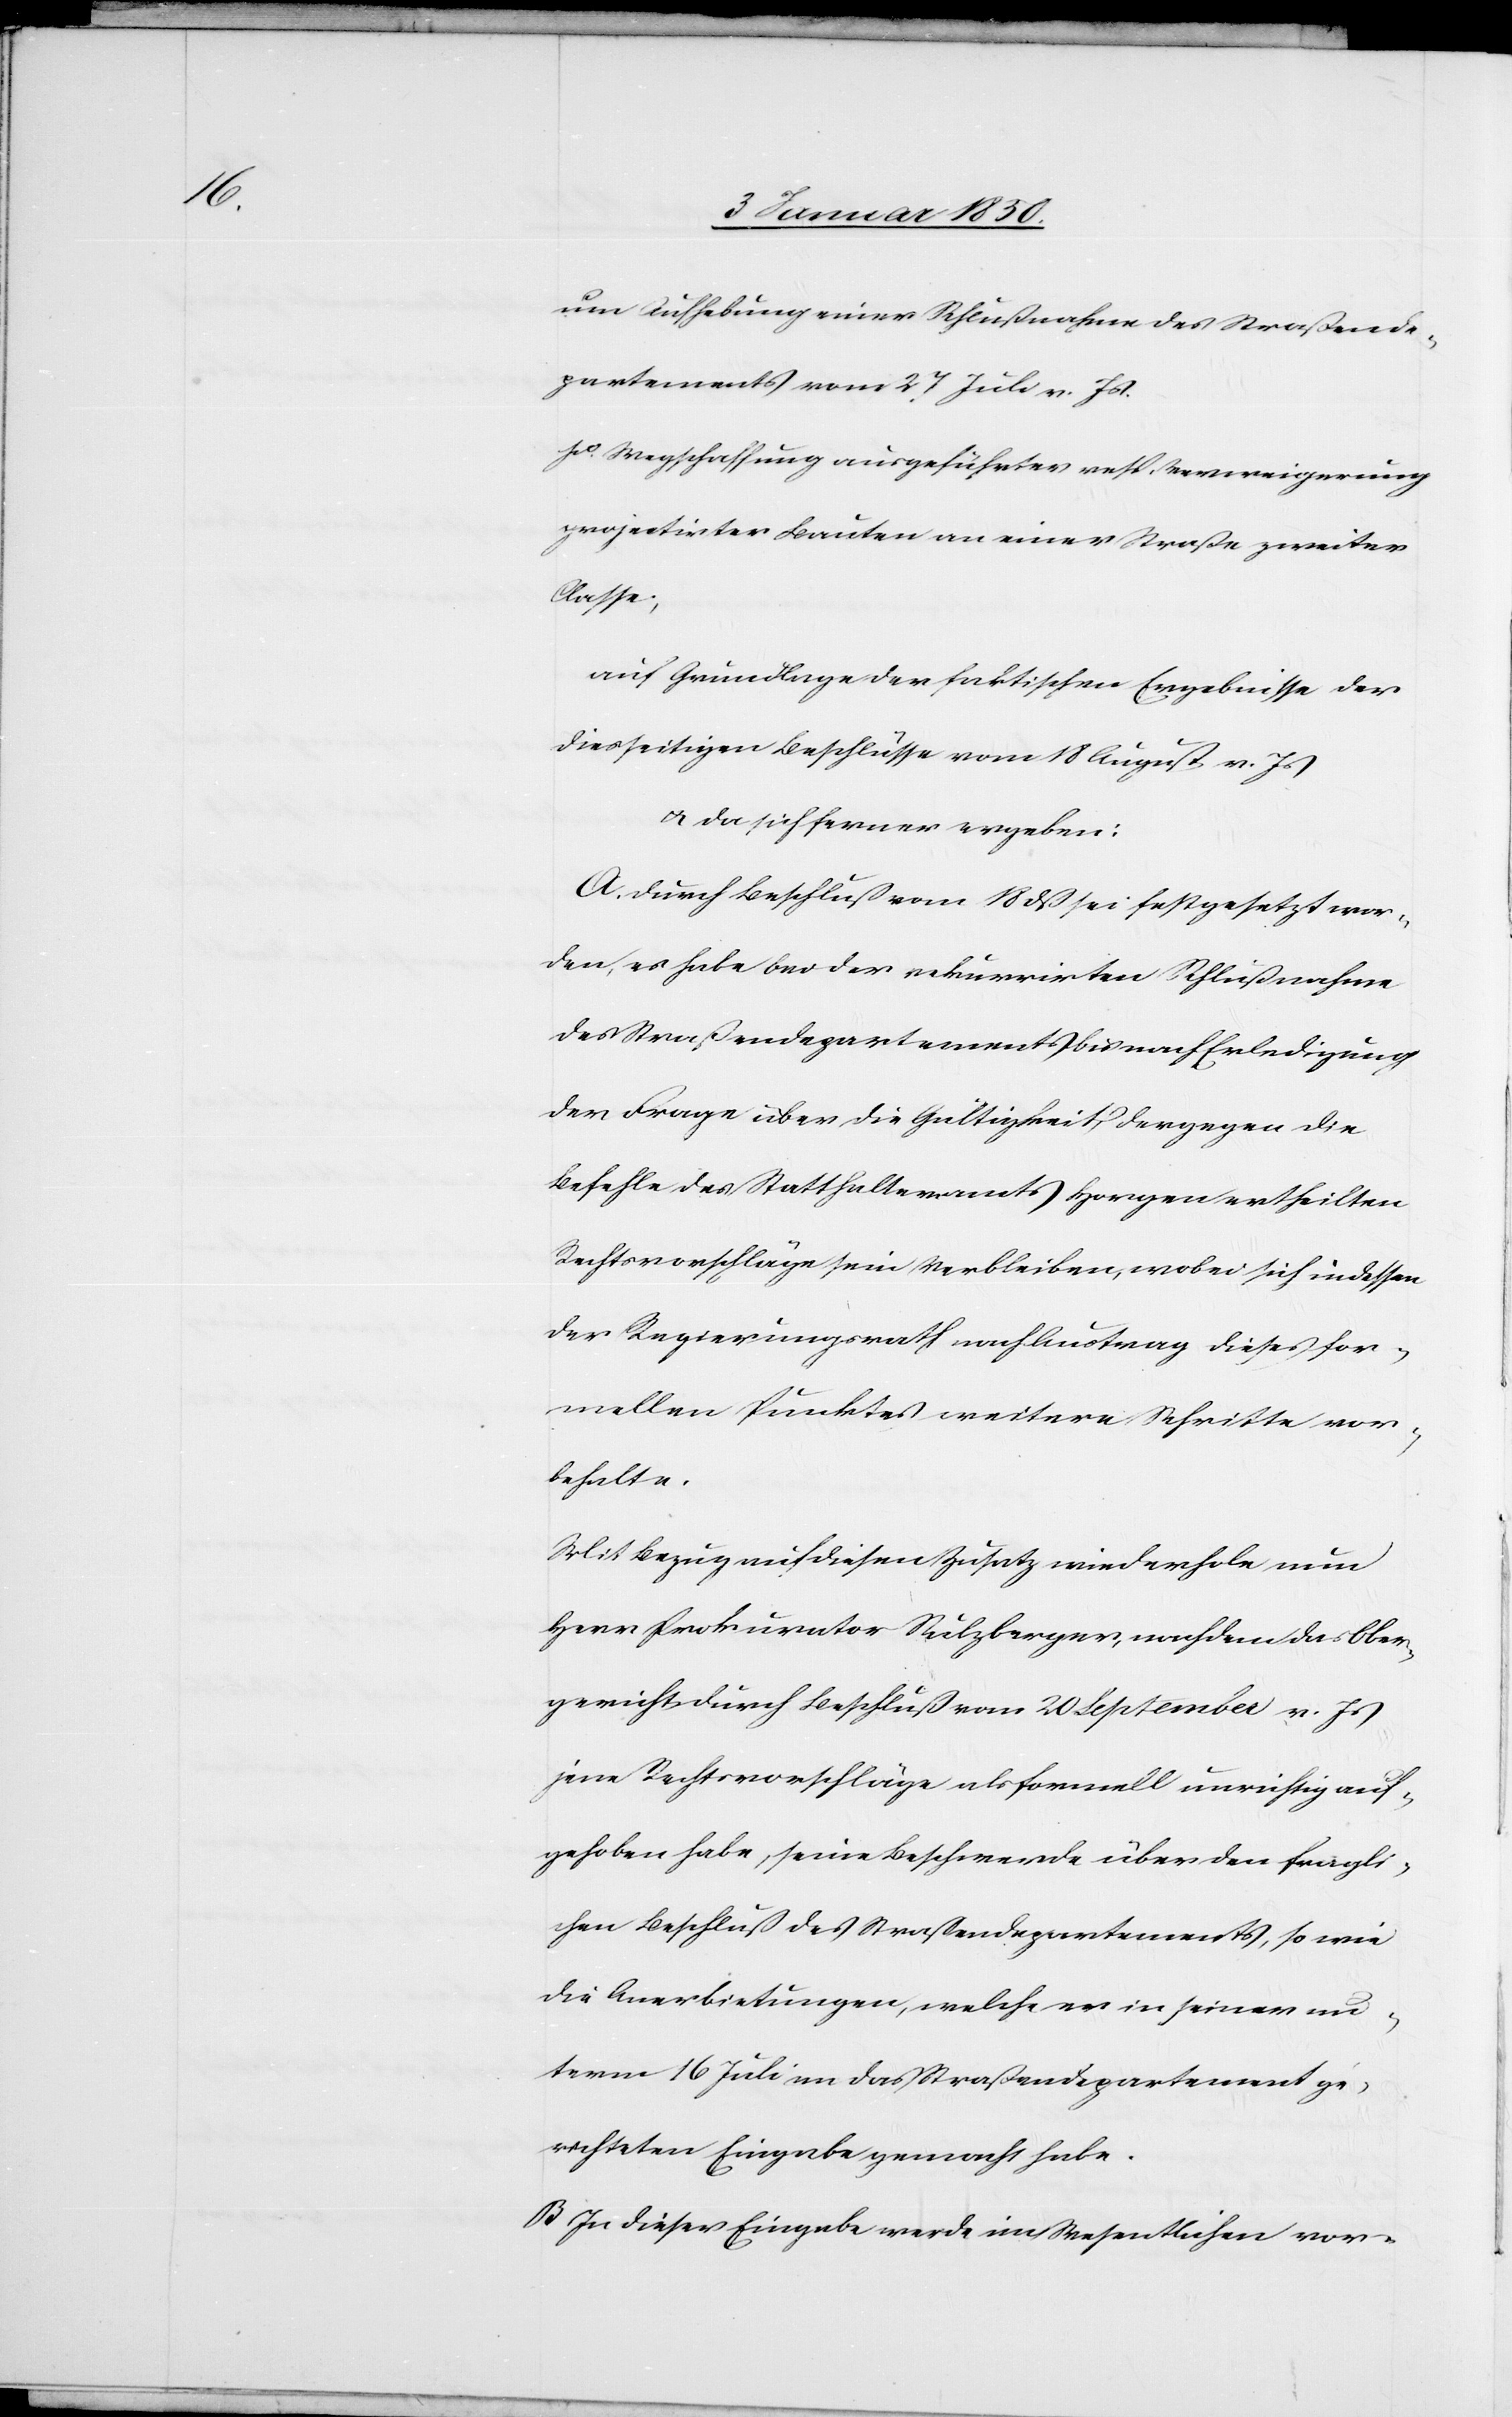
um Aufhebung einer Schlußnahme des Straßende¬
partements vom 27 Juli v. Js.
p.o Wegschaffung ausgeführter resp. Verweigerung
projectirter Bauten an einer Straße zweiter
Classe;
auf Grundlage der faktischen Ergebnisse der
diesseitigen Beschlüsse vom 18 August v. Js.
u. da sich ferner ergeben:
A. Durch Beschluß vom 18 dß sei festgesetzt wor¬
den, es habe bei der rekurrirten Schlußnahme
des Straßendepartements bis nach Erledigung
der Frage über die Gültigkeit, der gegen die
Befehle des Statthalteramts Horgen ertheilten
Rechtsvorschläge sein Verbleiben, wobei sich indessen
der Regierungsrath nach Austrag dieses for¬
mellen Punktes weitere Schritte vor¬
behalte.
Mit Bezug auf diesen Zusatz wiederhole nun
Herr Prokurator Sulzberger, nachdem das Ober¬
gericht durch Beschluß vom 20 September v. Js.
jene Rechtsvorschläge als formell unrichtig auf¬
gehoben habe, seine Beschwerde über den fragli¬
chen Beschluß des Straßendepartements, so wie
die Anerbietungen, welche er in seinem un¬
term 16 Juli an das Straßendepartement ge¬
richteten Eingabe gemacht habe.
B. In dieser Eingabe werde im Wesentlichen vor-